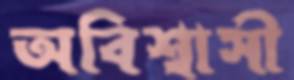
অবিশ্বাসী